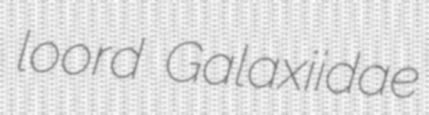
loord Galaxiidae